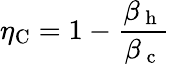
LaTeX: \eta_{\mathrm{C}}=1-\frac{\beta_{\mathrm{~h~}}}{\beta_{\mathrm{~c~}}}